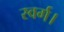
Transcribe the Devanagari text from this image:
स्वर्ग।